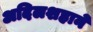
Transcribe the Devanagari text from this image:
अदिलशहाने